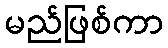
မည်ဖြစ်ကာ